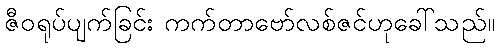
ဇီဝရုပ်ပျက်ခြင်း ကက်တာဗော်လစ်ဇင်ဟုခေါ်သည်။